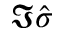
\Im \hat { \sigma }